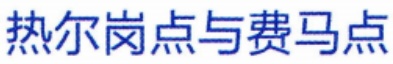
热尔岗点与费马点